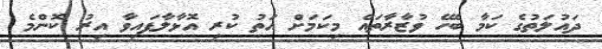
ދައުލަތުގެ ކަމާ ބެހޭ ވުޒާރާތައް މިކަމަށް އަތު ކުރި އޮޅާލާފައިވާ އިރު ކޮންމެ